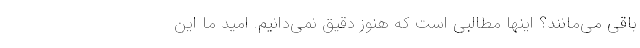
باقی می‌مانند؟ اینها مطالبی است که هنوز دقیق نمی‌دانیم. امید ما این